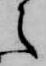
之